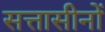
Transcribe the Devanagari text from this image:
सत्तासीनों